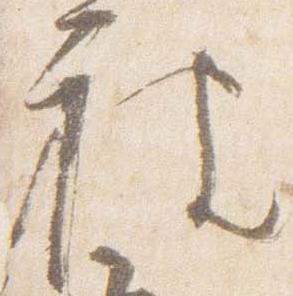
被